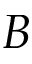
B